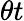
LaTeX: \theta t